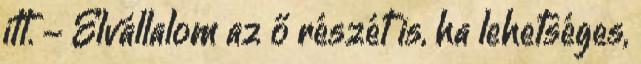
itt. - Elvállalom az ő részét is, ha lehetséges,